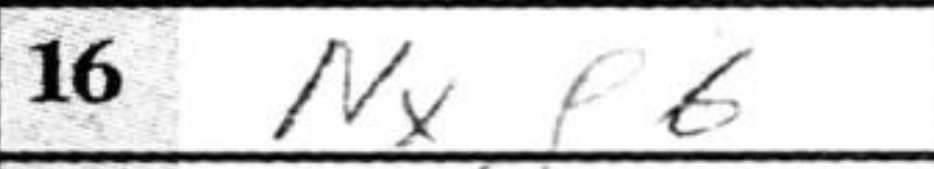
Transcription: Nxf6